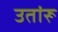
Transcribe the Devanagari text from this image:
उतांरू